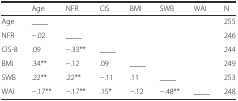
<table><thead><tr><td></td><td><b>Age</b></td><td><b>NFR</b></td><td><b>CIS</b></td><td><b>BMI</b></td><td><b>SWB</b></td><td><b>WAI</b></td><td><b>N</b></td></tr></thead><tbody><tr><td>Age</td><td>____</td><td></td><td></td><td></td><td></td><td></td><td>255</td></tr><tr><td>NFR</td><td>−.02</td><td>____</td><td></td><td></td><td></td><td></td><td>246</td></tr><tr><td>CIS-8</td><td>.09</td><td>−.33**</td><td>____</td><td></td><td></td><td></td><td>244</td></tr><tr><td>BMI</td><td>.34**</td><td>−.12</td><td>.09</td><td>____</td><td></td><td></td><td>249</td></tr><tr><td>SWB</td><td>.22**</td><td>.22**</td><td>−.11</td><td>.11</td><td>____</td><td></td><td>253</td></tr><tr><td>WAI</td><td>−.17**</td><td>−.17**</td><td>.15*</td><td>−.12</td><td>−.48**</td><td>____</td><td>248</td></tr></tbody></table>